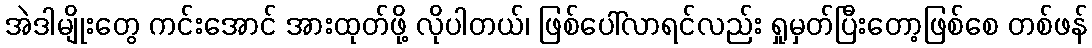
အဲဒါမျိုးတွေ ကင်းအောင် အားထုတ်ဖို့ လိုပါတယ်၊ ဖြစ်ပေါ်လာရင်လည်း ရှုမှတ်ပြီးတော့ဖြစ်စေ တစ်ဖန်